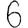
Digit: 6